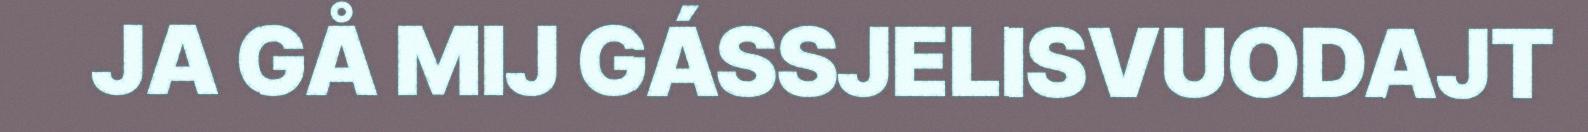
JA GÅ MIJ GÁSSJELISVUODAJT